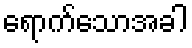
ရောက်သောအခါ